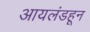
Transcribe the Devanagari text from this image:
आयलंडहून